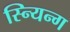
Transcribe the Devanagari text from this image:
स्न्यिन्ग